Leaving Certificate Examination (including Day School Certificate (Higher) General paper), 1933
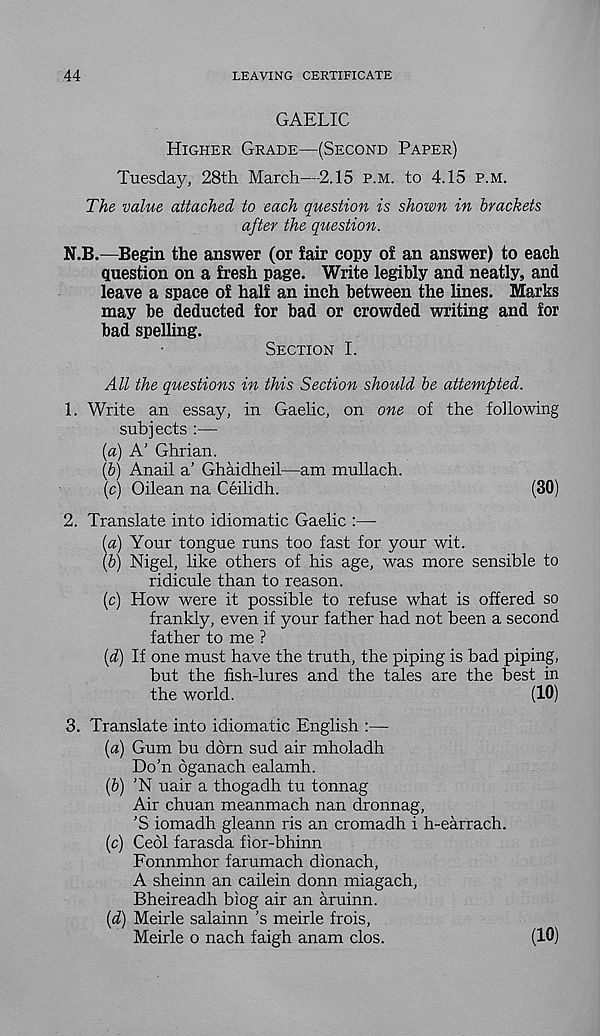
44
LEAVING CERTIFICATE
GAELIC
Higher Grade—(Second Paper)
Tuesday, 28th March—2.15 p.m. to 4.15 p.m.
The value attached to each question is shown in brackets
after the question.
N.B.—Begin the answer (or fair copy of an answer) to each
question on a fresh page. Write legibly and neatly, and
leave a space of half an inch between the lines. Marks
may be deducted for bad or crowded writing and for
bad spelling.
Section I.
All the questions in this Section should be attempted.
1. Write an essay, in Gaelic, on one of the following
subjects :—
{a) A’ Ghrian.
(b) Anail a' Ghaidheil—am mullach.
(c) Oilean na Ceilidh.
(30)
2. Translate into idiomatic Gaelic :—
(«) Your tongue runs too fast for your wit.
{b) Nigel, like others of his age, was more sensible to
ridicule than to reason.
(c) How were it possible to refuse what is offered so
frankly, even if your father had not been a second
father to me ?
{d) If one must have the truth, the piping is bad piping,
but the fish-lures and the tales are the best in
the world.
(10)
3. Translate into idiomatic English :—
(a) Gum bu dorn sud air mholadh
Do’n bganach ealamh.
(&) 'N uair a thogadh tu tonnag
Air chuan meanmach nan dronnag,
’S iomadh gleann ris an cromadh i h-earrach.
(c) Cedi farasda fior-bhinn
Fonnmhor farumach dionach,
A sheinn an cailein donn miagach,
Bheireadh biog air an aruinn.
[d) Meirle salainn’s meirle frois,
Meirle o nach faigh anam clos.
(10)